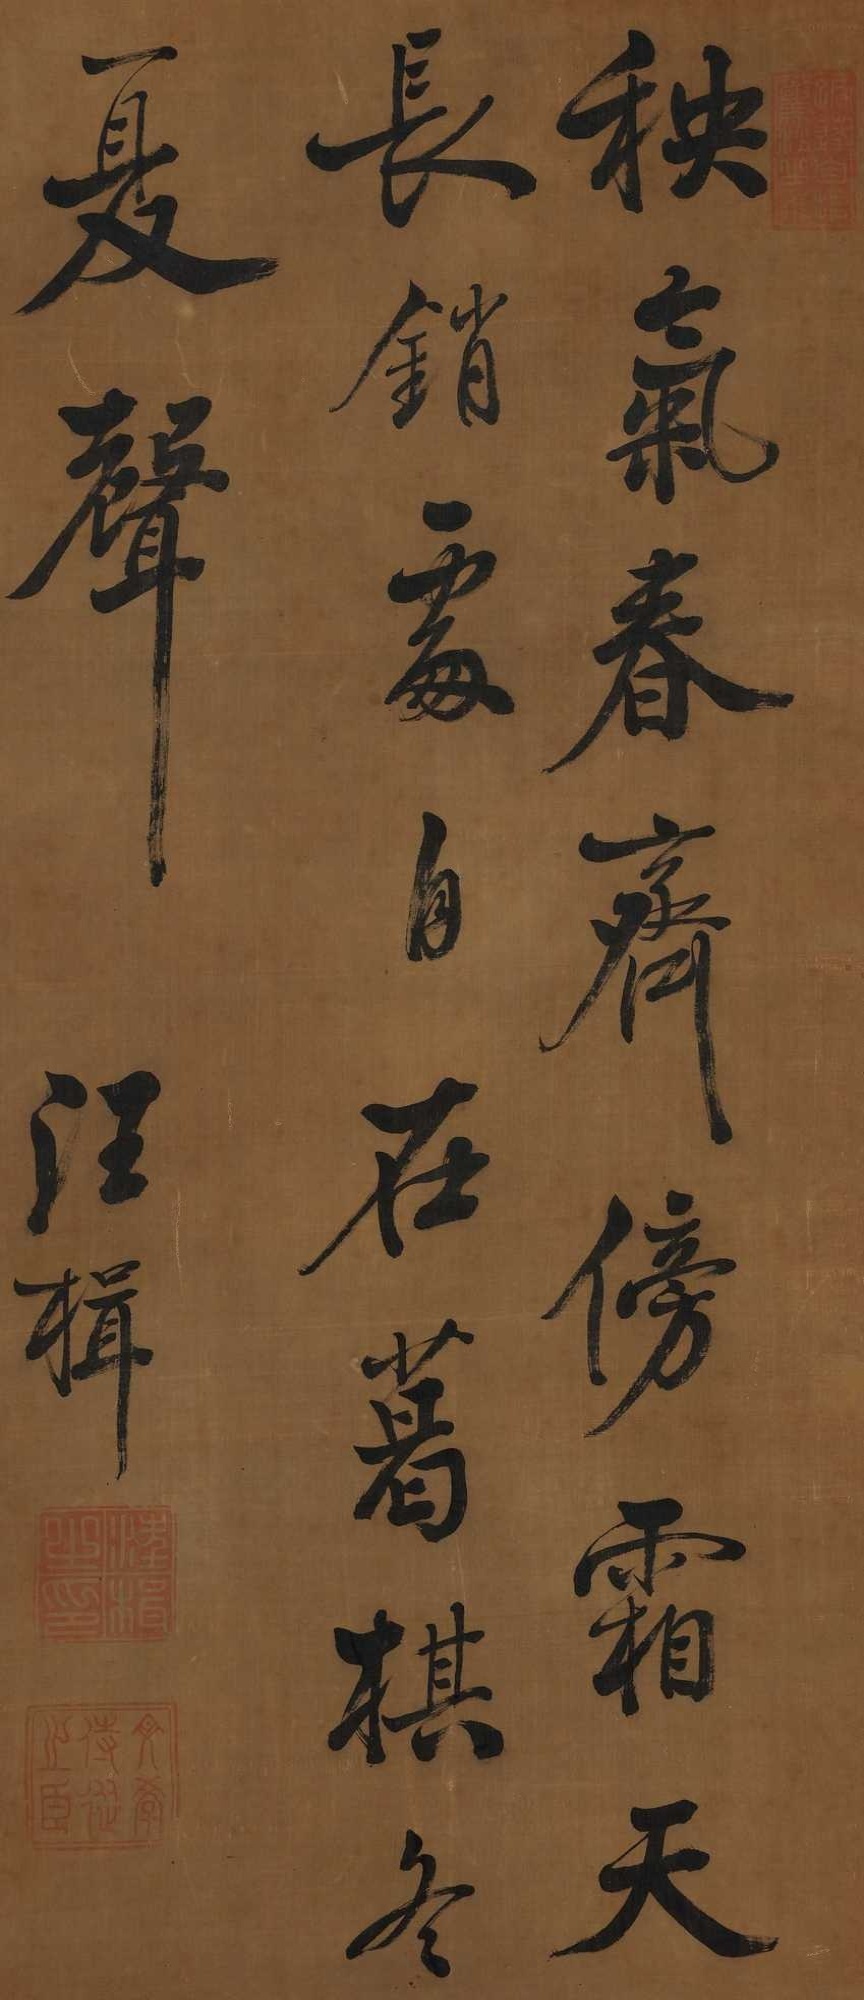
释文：秧气春。齐傍霜天长销处，自在葛棋冬夏声。汪楫。